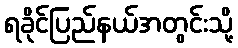
ရခိုင်ပြည်နယ်အတွင်းသို့